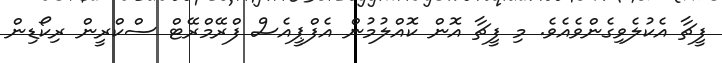
ފީޗާ އެކުލެވިގެންވެއެވެ. މި ފީޗާ އޮން ކޮއްލުމުން އެފްޕީއެސް ފްރޭމްރޭޓް ސްކްރީން ރިކޯޑިން